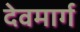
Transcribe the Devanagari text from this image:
देवमार्ग